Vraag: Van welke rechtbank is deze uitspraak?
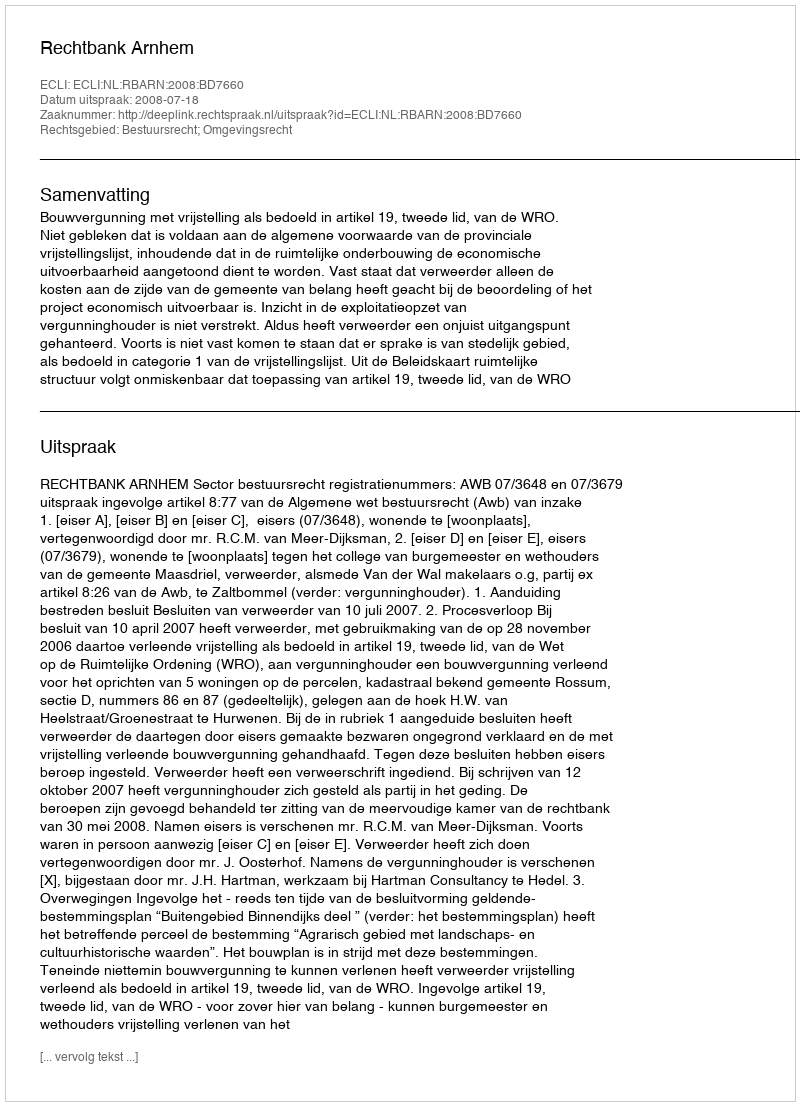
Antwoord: Rechtbank Arnhem